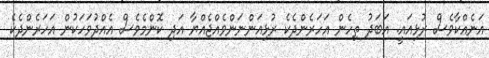
އަނެއްކާވެސް ރުޅިއައީ. އަބަދު ތިހެން އަހަރެންދެކެ ރުޅިއަންނަންވެއްޖެއްޔާ އަދި ކޮންމެވެސް އެއްދުވަހަކުން އަހަރެންދެކެ